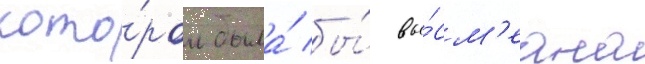
кото́ром была́ бы́ вы́см'еана